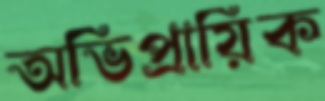
অভিপ্রায়িক